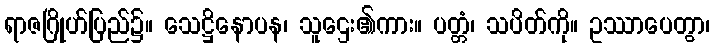
ရာဇဂြိုဟ်ပြည်၌။ သေဋ္ဌိနောပန၊ သူဌေး၏ကား။ ပတ္တံ၊ သပိတ်ကို။ ဥဿာပေတွာ၊